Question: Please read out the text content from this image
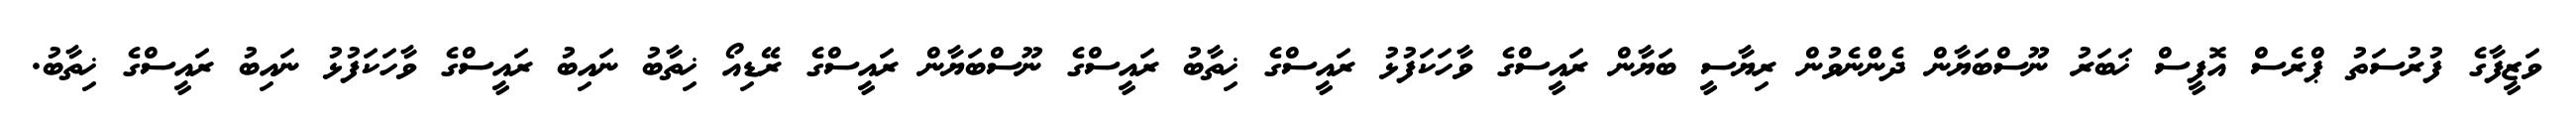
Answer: ވަޒީފާގެ ފުރުސަތު ޕްރެސް އޮފީސް ޚަބަރު ނޫސްބަޔާން ދެންނެވުން ރިޔާސީ ބަޔާން ރައީސްގެ ވާހަކަފުޅު ރައީސްގެ ޚިތާބު ރައީސްގެ ނޫސްބަޔާން ރައީސްގެ ރޭޑިއޯ ޚިތާބު ނައިބު ރައީސްގެ ވާހަކަފުޅު ނައިބު ރައީސްގެ ޚިތާބު.